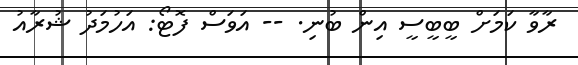
ރާވާ ކަމަށް ބީބީސީ އިން ބުނި. -- އަވަސް ފޮޓޯ: އަހުމަދު ޝުރާއު